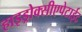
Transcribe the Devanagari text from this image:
हाइड्रोक्सीएपेटाईट